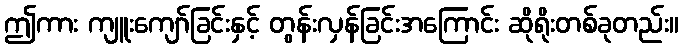
ဤကား ကျူးကျော်ခြင်းနှင့် တွန်းလှန်ခြင်းအကြောင်း ဆိုရိုးတစ်ခုတည်း။